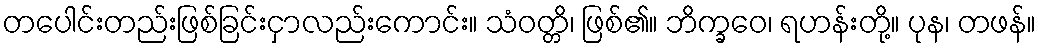
တပေါင်းတည်းဖြစ်ခြင်းငှာလည်းကောင်း။ သံဝတ္တိ၊ ဖြစ်၏။ ဘိက္ခဝေ၊ ရဟန်းတို့။ ပုန၊ တဖန်။